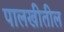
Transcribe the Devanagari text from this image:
पालखीतील